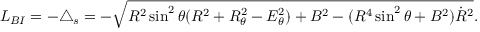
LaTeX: { \cal L } _ { B I } = - \bigtriangleup _ { s } = - \sqrt { R ^ { 2 } \sin ^ { 2 } \theta ( R ^ { 2 } + R _ { \theta } ^ { 2 } - E _ { \theta } ^ { 2 } ) + B ^ { 2 } - ( R ^ { 4 } \sin ^ { 2 } \theta + B ^ { 2 } ) \dot { R } ^ { 2 } } .